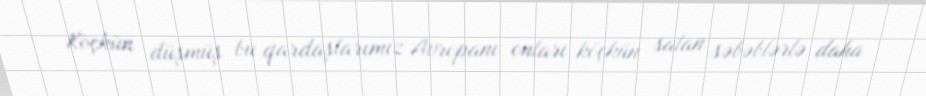
Köçkün düşmüş bu qardaşlarımız Avropanı onları köçkün salan səbəblərlə daha